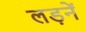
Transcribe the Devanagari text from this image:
लड़नें